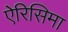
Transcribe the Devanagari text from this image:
ऐरिसिमा